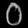
Digit: ၀